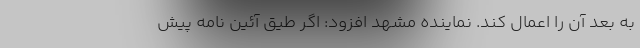
به بعد آن را اعمال کند. نماینده مشهد افزود: اگر طیق آئین نامه پیش